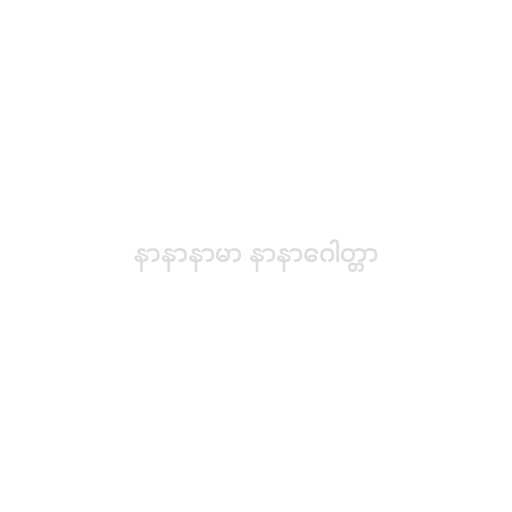
နာနာနာမာ နာနာဂေါတ္တာ